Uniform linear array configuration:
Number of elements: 4
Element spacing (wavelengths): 1
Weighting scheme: cosine
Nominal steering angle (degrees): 0
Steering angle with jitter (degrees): -1.401
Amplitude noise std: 0.05
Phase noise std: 0.05

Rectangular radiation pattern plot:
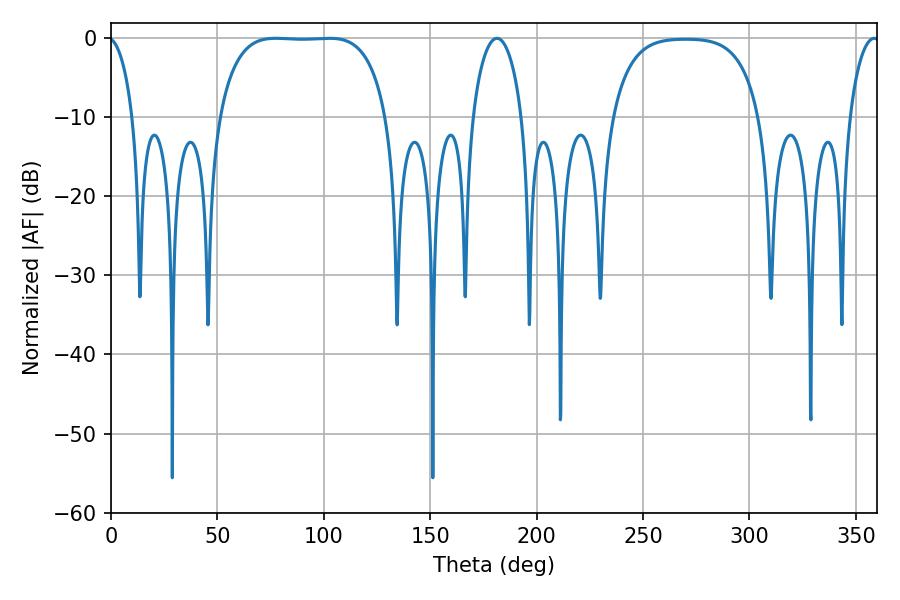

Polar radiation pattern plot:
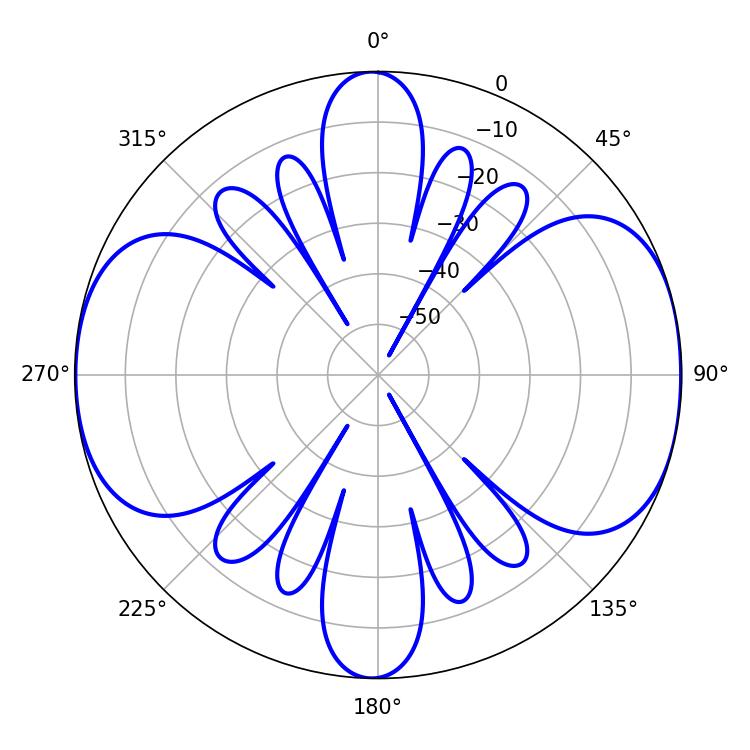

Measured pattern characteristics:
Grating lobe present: TRUE
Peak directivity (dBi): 10.266
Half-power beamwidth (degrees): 61.56
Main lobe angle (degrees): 77.4